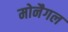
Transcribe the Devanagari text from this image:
मोनैगल